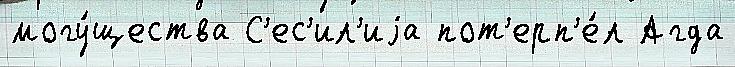
могу́щества С'ес'ил'иjа пот'ерп'е́л Агда